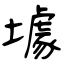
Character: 壉